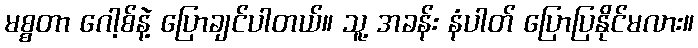
မစ္စတာ ဂေါ့စ်နဲ့ ပြောချင်ပါတယ်။ သူ့ အခန်း နံပါတ် ပြောပြနိုင်မလား။